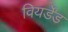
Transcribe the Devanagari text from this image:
वियर्डेंड